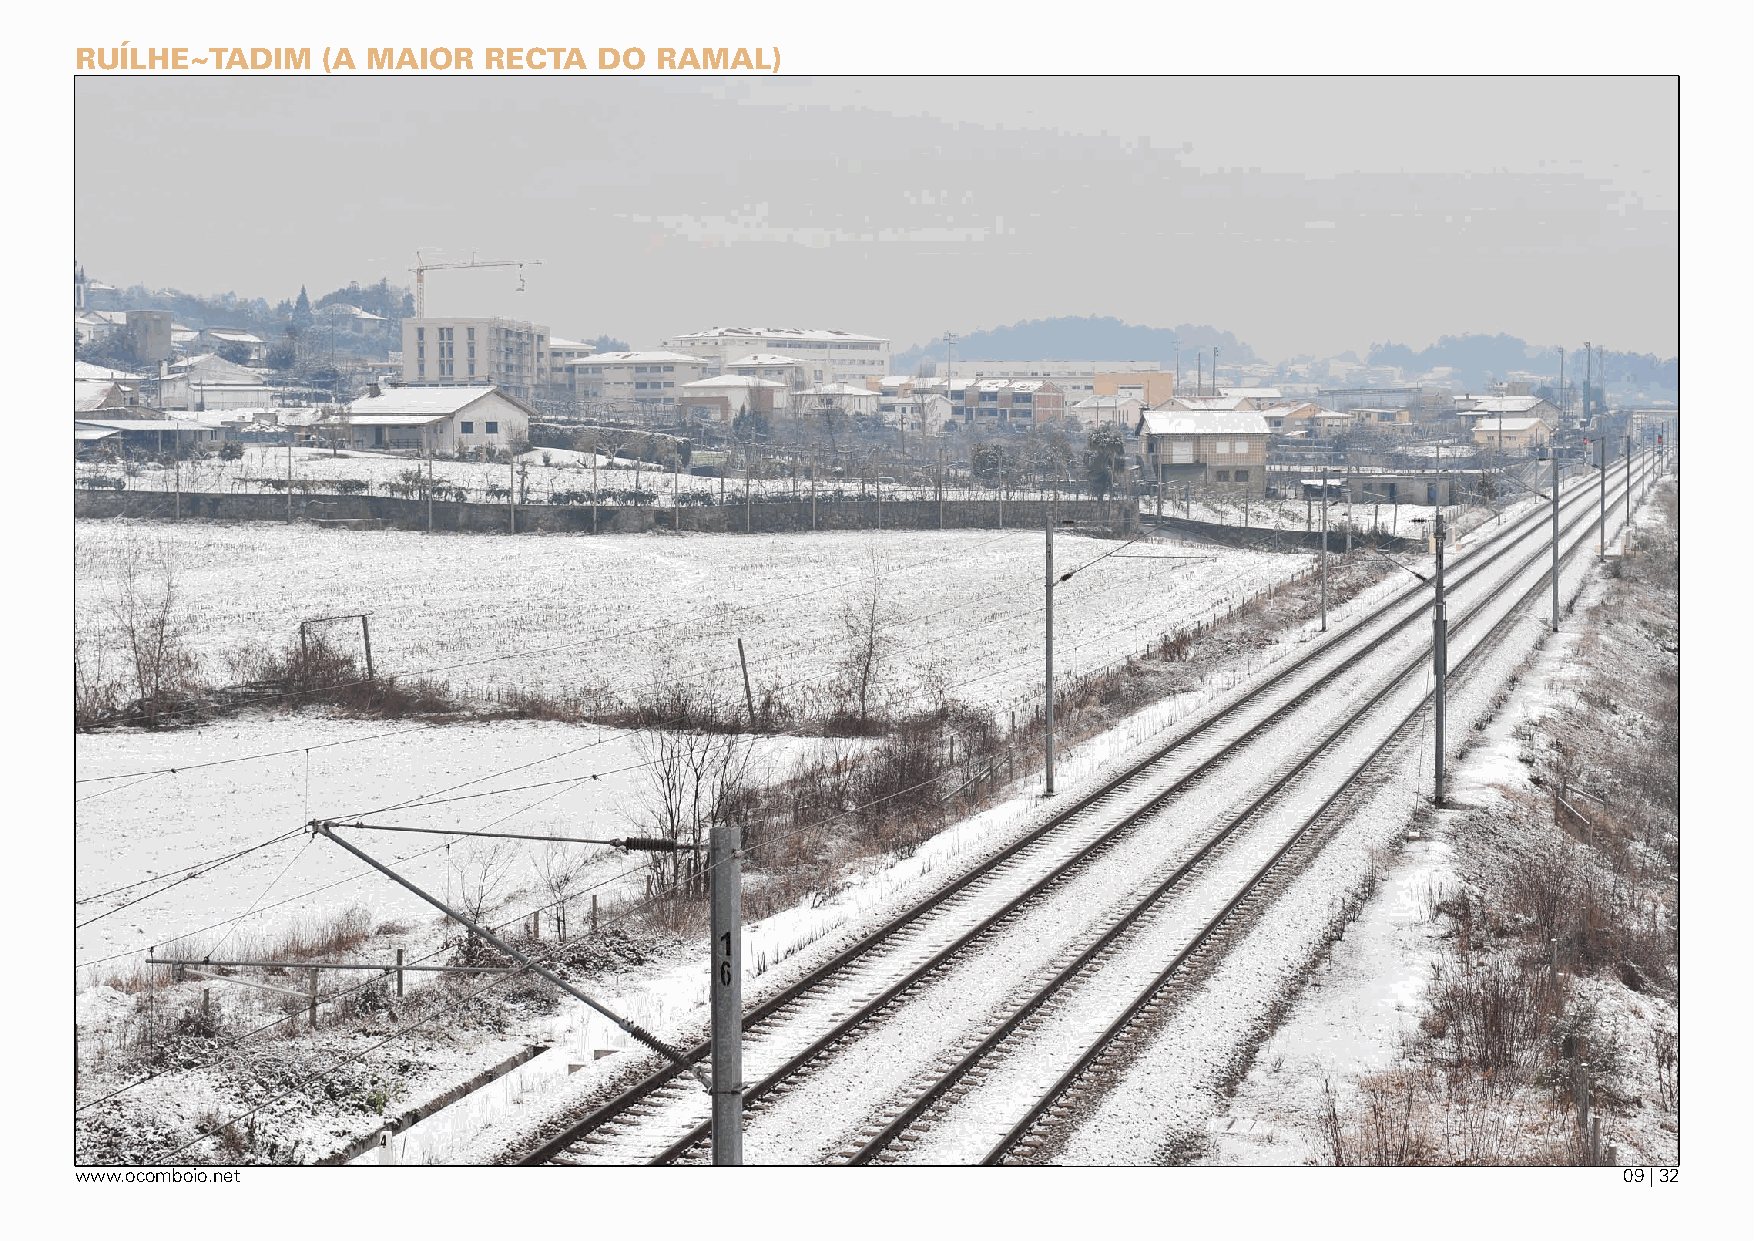
ruílhe~tadim    (a maiOr   reCta   dO ramal)
 www.ocomboio.net                                                                                      09 | 32